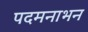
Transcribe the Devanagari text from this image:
पदमनाभन